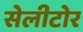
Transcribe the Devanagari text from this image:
सेलीटोर